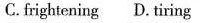
C.frightening D. Tiring